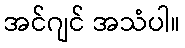
အင်ဂျင် အသံပါ။